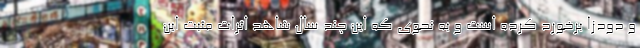
و دودزا برخورد کرده است و به نحوی که این چند سال شاهد اثرات مثبت این